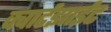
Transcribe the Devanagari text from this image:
क्वार्टझाईट